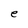
Character: e